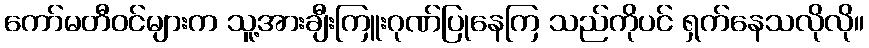
ကော်မတီဝင်များက သူ့အားချီးကြူးဂုဏ်ပြုနေကြ သည်ကိုပင် ရှက်နေသလိုလို။